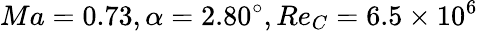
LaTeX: Ma=0.73,\alpha=2.80^{\circ},Re_{C}=6.5\times{10^{6}}